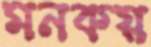
মনকয়